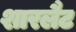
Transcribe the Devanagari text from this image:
शारलैट